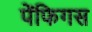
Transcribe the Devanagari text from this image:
पेंफिगस